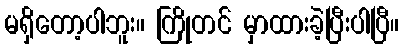
မရှိတော့ပါဘူး။ ကြိုတင် မှာထားခဲ့ပြီးပါပြီ။